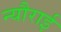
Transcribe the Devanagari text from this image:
न्यौराई